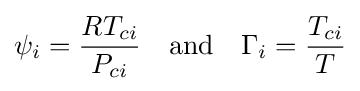
\psi _{i}={\frac {RT_{ci}}{P_{ci}}}\quad {\text{and}}\quad \Gamma _{i}={\frac {T_{ci}}{T}}